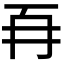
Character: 𭁡